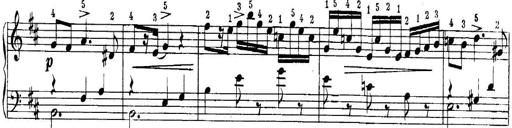
Title: Quatres sonatines
Composer: Tadeusz Joteyko